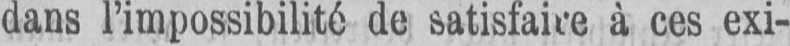
dans l’impossibilité de satisfaire à ces exi-